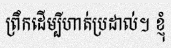
ព្រឹកដើម្បីហាត់ប្រដាល់។ ខ្ញុំ